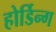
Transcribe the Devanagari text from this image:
होर्डिन्ग